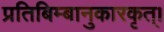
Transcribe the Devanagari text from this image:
प्रतिबिम्बानुकारकृत्‌।